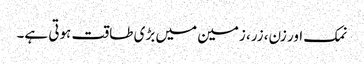
نمک اور زن، زر، زمین میں بڑی طاقت ہوتی ہے۔